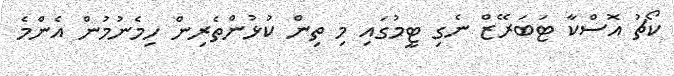
ކޯޗު އޮސްކާ ޓަބަރޭޒް ނެގި ޓީމުގައި މި ތިން ކުޅުންތެރިން ހިމެނުމުން އެންމެ